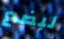
لبضع